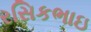
રસિકભાઇ